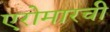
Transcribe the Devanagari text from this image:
एरोमारची